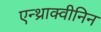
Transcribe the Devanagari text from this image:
एन्थ्राक्वीनिन